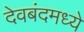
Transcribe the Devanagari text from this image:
देवबंदमध्ये